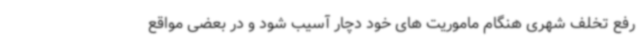
رفع تخلف شهری هنگام ماموریت های خود دچار آسیب شود و در بعضی مواقع